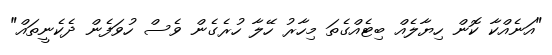
"އަނެއްކާ ކޮން ހިޔާލެއް ބިޓެއްގެތަ މިހާރު ހޭލާ ހުރެގެން ވެސް ހުވަފެން ދެކެނީތައް"